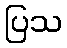
ပြသ